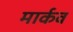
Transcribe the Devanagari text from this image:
मार्कव